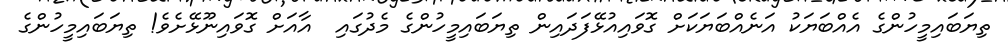
ތިޔަބައިމީހުންގެ އެއްބަޔަކު އަނެއްބަޔަކަށް ގޮވައިއުޅޭފަދައިން ތިޔަބައިމީހުންގެ މެދުގައި  އާއަށް ގޮވައިނޫޅޭށެވެ! ތިޔަބައިމީހުންގެ